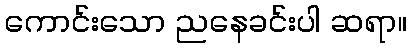
ကောင်းသော ညနေခင်းပါ ဆရာ။